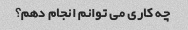
چه کاری می توانم انجام دهم؟